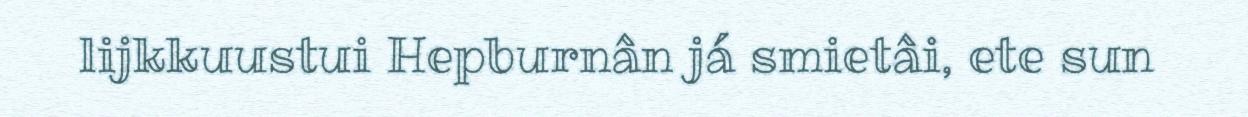
lijkkuustui Hepburnân já smietâi, ete sun